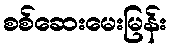
စစ်ဆေးမေးမြန်း